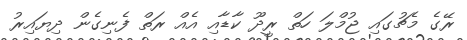
ރޭގެ މެޗުގައި ޖުމްލަ ހަތް ރީދޫ ކާޑާއި އެއް ރަތް ފެނިގެން ދިޔައިރު